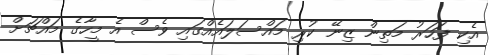
އެކި ފަހަރު މަތިން ޒިނޭ ކުރި މައްސަލައެއްގައި ވެސް އެ މީހާގެ މައްޗަށް